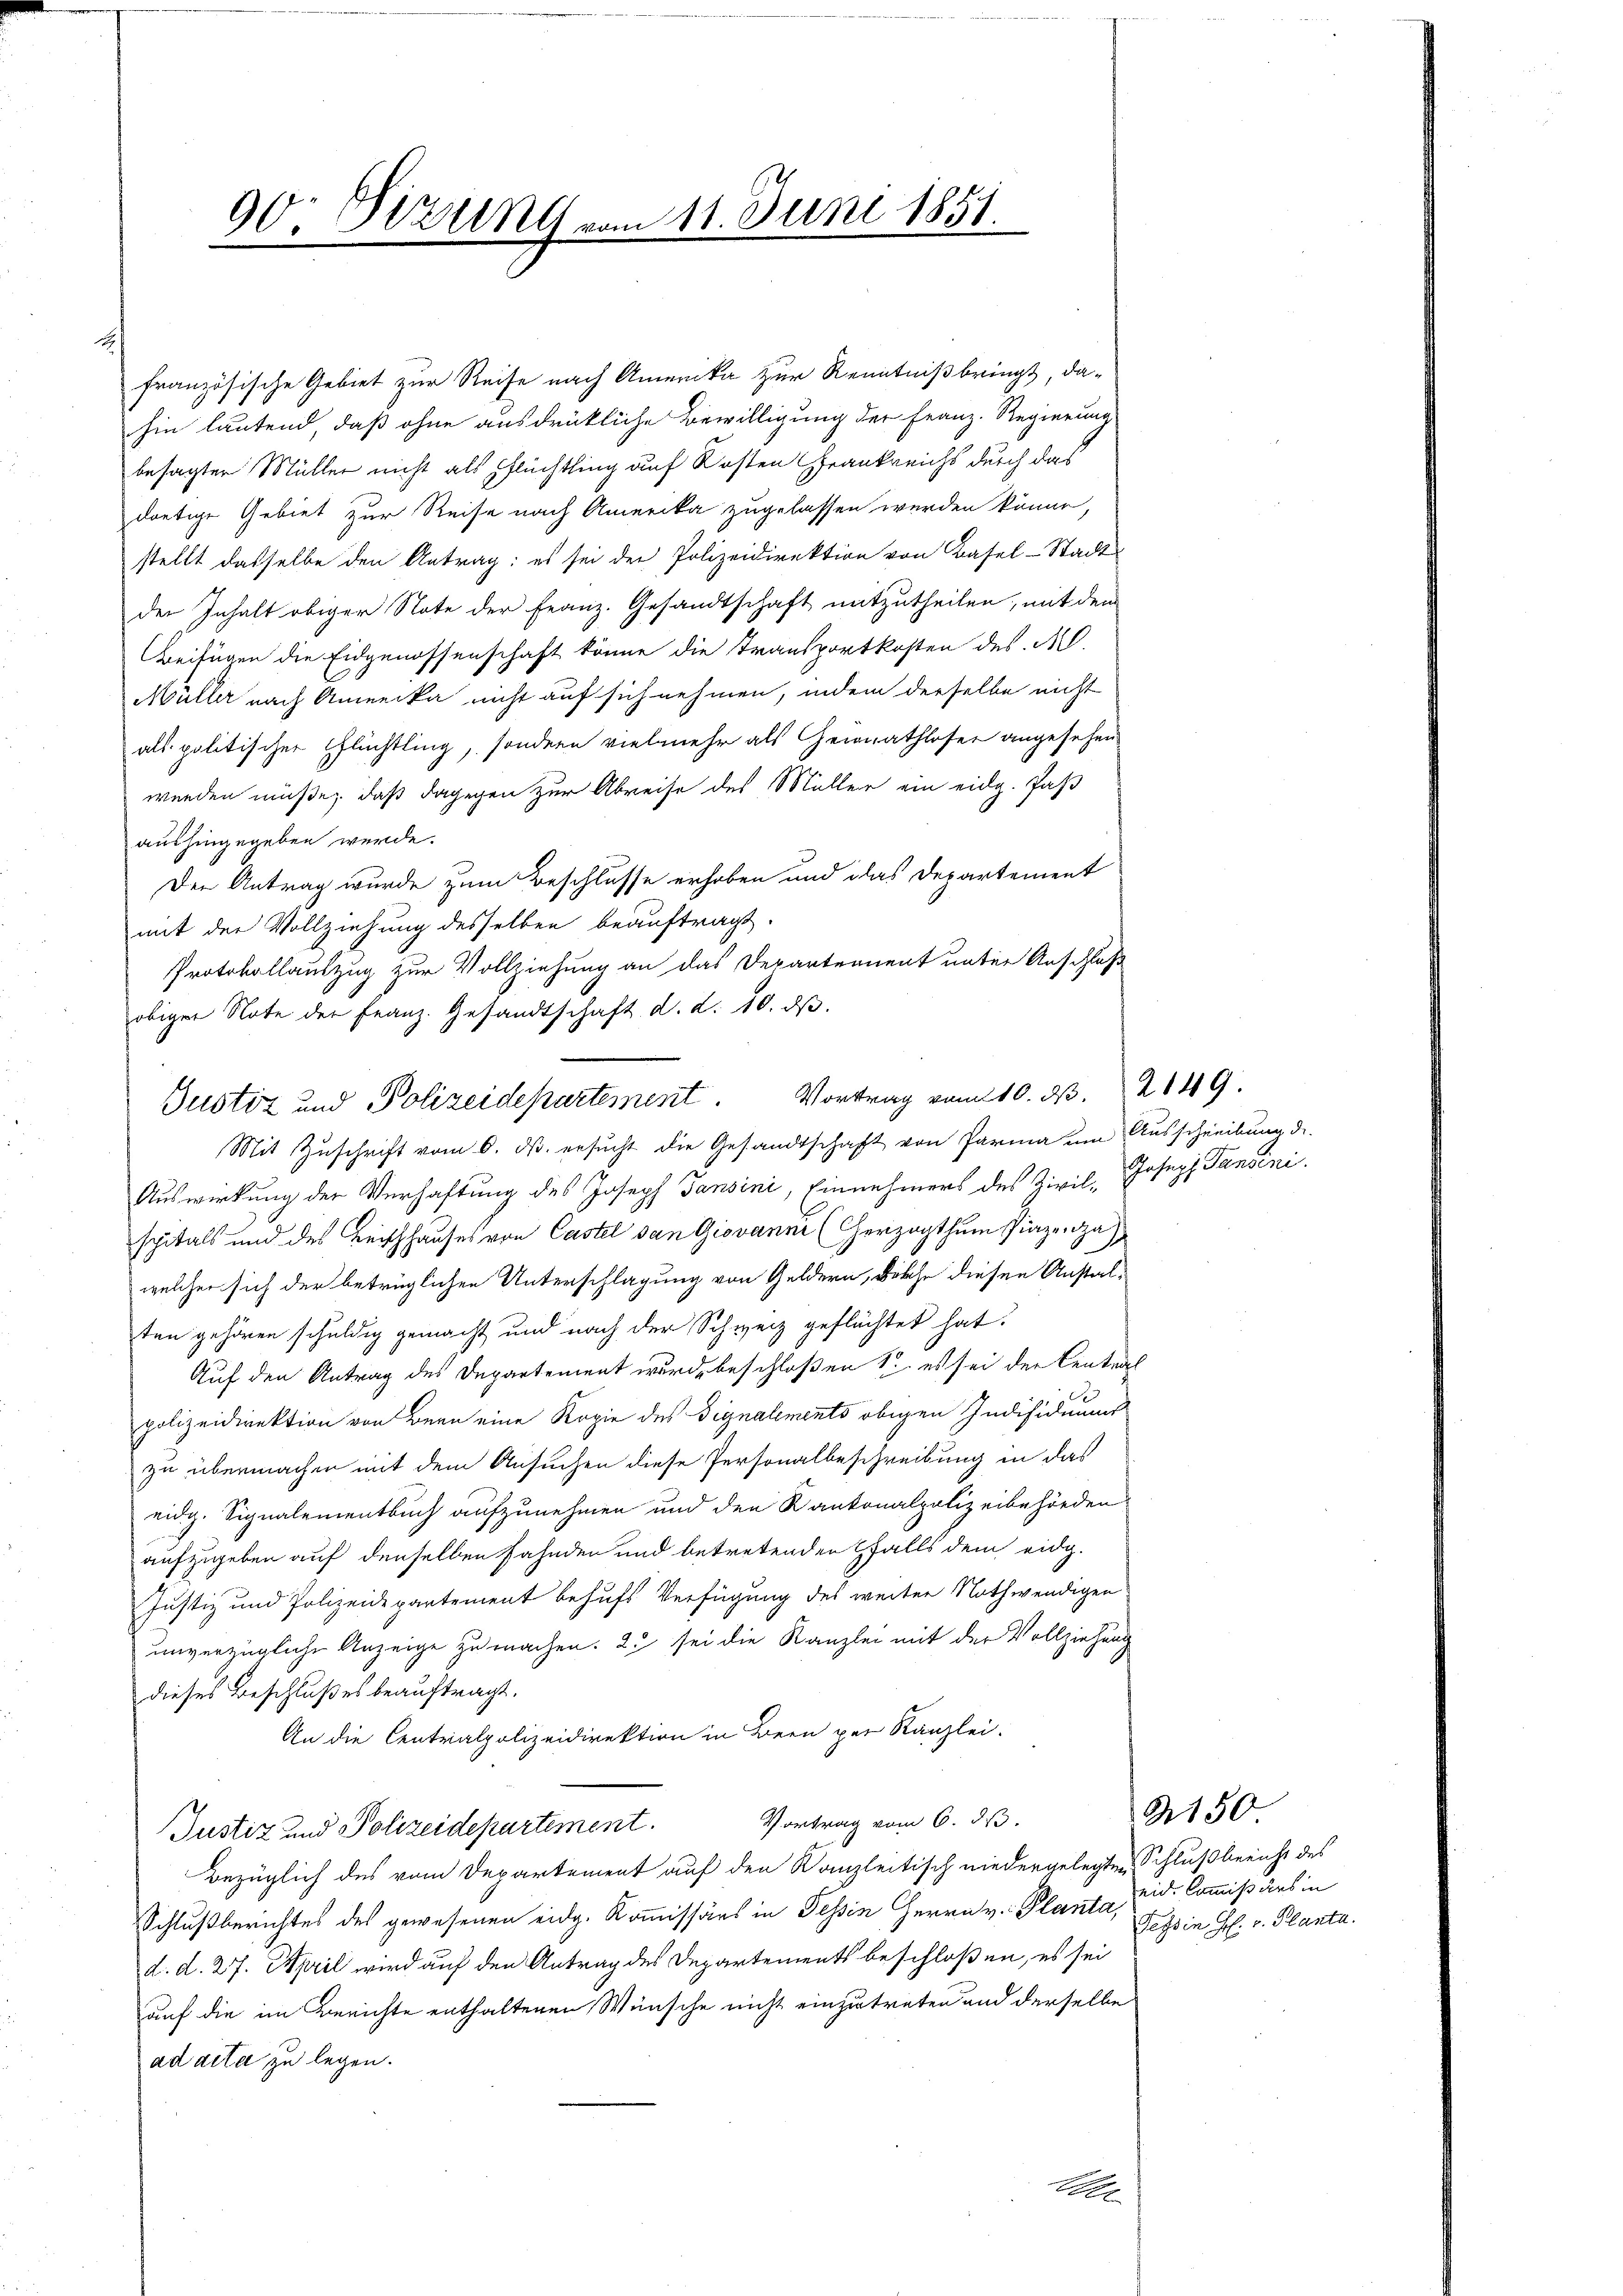
französische Gebiet zur Reise nach Amerika zur Kenntniß bringt, da-
hin lautend, daß ohne ausdrückliche Bewilligung der Franz-Regierung
besagter Müller nicht als pflüchtling auf Kosten Frankreichs durch das
dortige Gebiet zur Reise nach Amerika zugelassen werden könne,
stellt dasselbe den Antrag: es sei der Polizeidirektion von Basel-Stadt
der Inhalt obiger Note der Franz. Gesandtschaft mitzutheilen, mit dem
Beifügen die Eidgenossenschaft könne die Transportkosten des M.
Müller nach Anmerke nicht auf sich nehmen, indem derselbe nicht
als politischer Pflüchtling, sondern vielmehr als einathloser angesehen
werden müße, daß dagegen zur Abreise des Müller ein eidg. Jah
aushingegeben werde.
Den Antrag wurde zum Beschlusse erhoben und das Departement
mit der Vollziehung desselben beauftragt.
Protokollauszug zur Vollziehung an das Departement unter Anschluß
obiger Note der Franz. Gesandtschaft d. d. 10. dβ.
Mit Zuschrift vom 6. ds. ersucht die Gesandtschaft von Parma um Ausschreibung de
Auswirkung der Verhaftung des Joseph Jansini, Einnehmers des Zivil, Joseph Pansini
spitals und des Beischhauses von Castel van Giovanni (Cherzogthum Piazenza,
welcher sich der betrüglichen Unterschlagung von Geldern, Bösche diesen Anstalten gehören schuldig gemacht und nach der Schweiz geflüchtet hat.
Auf den Antrag des Departement wurde beschloßen 1. es sei der Central
polizeidirektion von Bern eine Kopie des Signalements obigen Indisiduums
zu übermachen mit dem Ansuchen diese Personalbeschreibung in das
eidg. Signalementbuch aufzunehmen und den Kantonalpolizeibehörden
aufzugeben auf denselben Fahnden und betretenden falls dem eidg.
Justiz und Polizeidepartement behufs Verfügung des weiter Nothwendigen
unverzügliche Anzeige zu machen. 23 sei die Kanzlei mit der Vollziehung
dieses Beschlußes beauftragt.
An die Centrialpolizeidirektion in Bern per Kanzlei-
Vortrag vom 6. ds.
Justiz und Polizeidepartement.
Bezüglich des vom Departement auf den Kanzleitisch niedergelegten Schlußbericht des
Schlußberichtes des gewesenen eidg. Kommissärs in Tessin Herrn v. Planta, Lips in H. v. Planta.
d. d. 27. April wird auf den Antrag des Departements beschloßen, es sei
auf die im Berichte enthaltenen Wünsche nicht einzutreten und derselbe
addita zu legen.

90: Dtzung vom 11. Juni 1851.

Justiz und Polizeidepartement. Vortrag vom 10. d. 2149.

.

2150
eid. Commißairs in